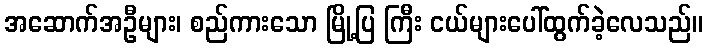
အဆောက်အဦများ၊ စည်ကားသော မြို့ပြ ကြီး ငယ်များပေါ်ထွက်ခဲ့လေသည်။